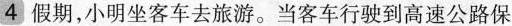
4 假期，小明坐客车去旅游。当客车行驶到高速公路保